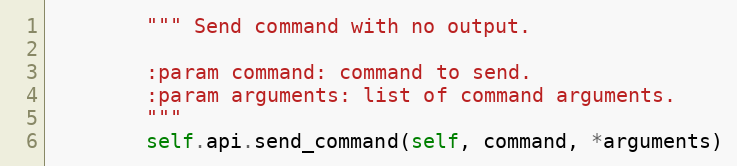
Language: Python
        """ Send command with no output.

        :param command: command to send.
        :param arguments: list of command arguments.
        """
        self.api.send_command(self, command, *arguments)